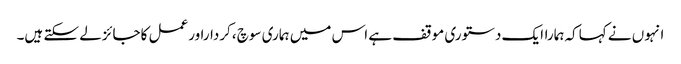
انہوں نے کہاکہ ہماراایک دستوری موقف ہے اس میں ہماری سوچ ،کرداراورعمل کاجائزلے سکتے ہیں۔